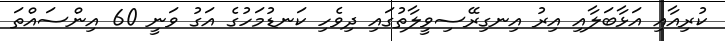
ކުރިއާއި އަޅާބަލާއި އިރު އިނގިރޭސިވީލާތުގައި ދިވެހި ކަނޑުމަހުގެ އަގު ވަނީ 60 އިންސައްތަ